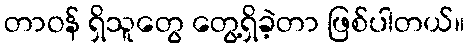
တာဝန် ရှိသူတွေ တွေ့ရှိခဲ့တာ ဖြစ်ပါတယ်။